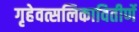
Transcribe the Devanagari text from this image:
गृहेवत्सलिकावितीर्णे